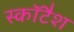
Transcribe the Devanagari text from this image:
स्कॉटैश